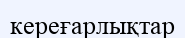
кереғарлықтар